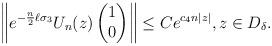
LaTeX: \begin{align*}\left\|e^{-\frac{n}{2}\ell\sigma_3}U_n(z)\begin{pmatrix} 1 \\ 0 \end{pmatrix}\right\| \leq Ce^{c_4 n|z|},z\in D_\delta.\end{align*}